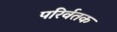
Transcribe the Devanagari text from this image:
परिर्वतक